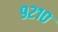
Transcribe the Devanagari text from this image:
९२१०